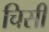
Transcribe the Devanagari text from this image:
चिसी